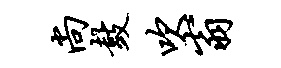
尚鼓吹翁